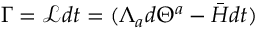
\Gamma = \mathcal { L } d t = ( \Lambda _ { a } d \Theta ^ { a } - \bar { H } d t )